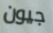
جيون